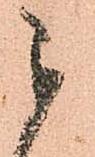
被